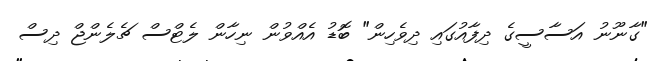
"ގާނޫނު އަސާސީގެ ދިފާއުގައި ދިވެހިން" ބޮޑު އެއްވުން ނިހާން ލެޓްސް ޗެލެންޖް ދިސް